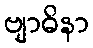
ဗျာဓိနာ